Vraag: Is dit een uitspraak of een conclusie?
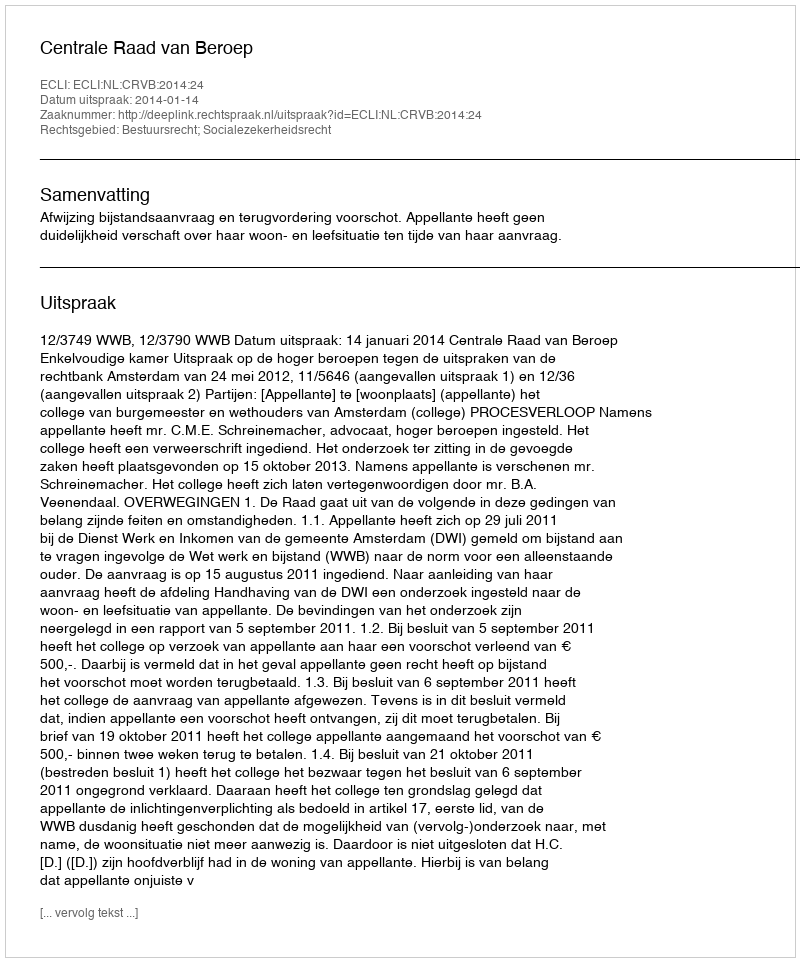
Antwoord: Uitspraak